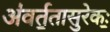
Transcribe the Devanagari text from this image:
अ॑वर्त॒तासु॒रेकः॒